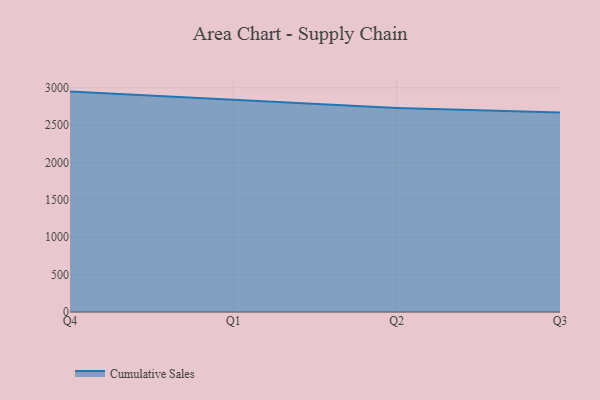
{"axis": {"x": "Quarter", "y": "Active Users"}, "legend": ["Cumulative Sales"], "data": [{"x": "Q4", "y": 2948.9, "type": "Cumulative Sales"}, {"x": "Q1", "y": 2844.8, "type": "Cumulative Sales"}, {"x": "Q2", "y": 2730.8, "type": "Cumulative Sales"}, {"x": "Q3", "y": 2669.4, "type": "Cumulative Sales"}]}